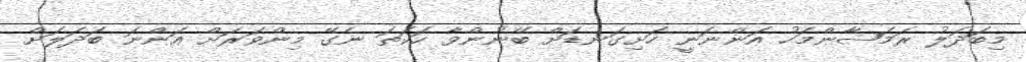
މިބަދަލު ރަމަޟާންމަހު އަންނަނީ ހަށިގަނޑަށް ބޭނުންވާ ހަކަތަ ނެގޭ މިންވަރަށް އަންނަ ބަދަލަށް